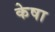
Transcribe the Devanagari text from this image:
केषा